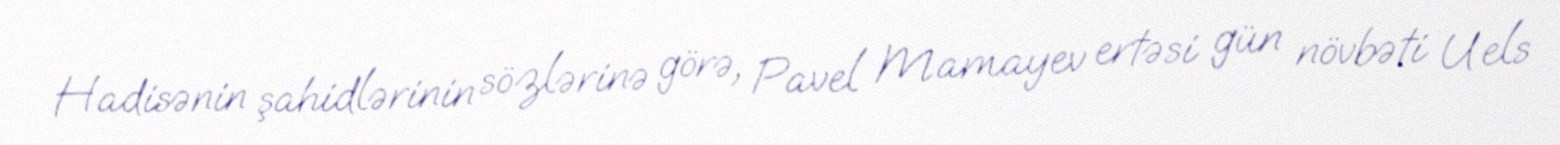
Hadisənin şahidlərinin sözlərinə görə, Pavel Mamayev ertəsi gün növbəti Uels